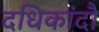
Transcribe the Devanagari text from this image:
दधिकांदौ